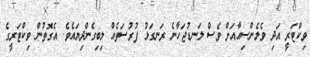
ވިކްޓަރީ އަދި ވެލެންސިއާއަށް ވެސް ލަނޑުޖަހާނެ ރަނގަޅު ފުރުސަތެއް ލިބިގެންދިޔައެވެ. އެގޮތުން ވިކްޓަރީގެ